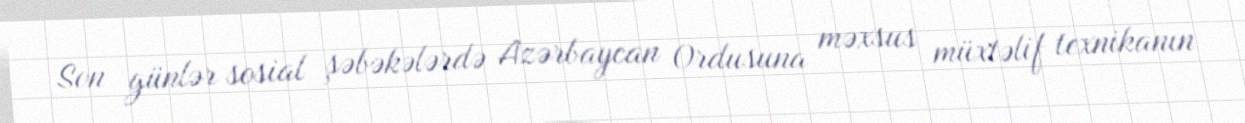
Son günlər sosial şəbəkələrdə Azərbaycan Ordusuna məxsus müxtəlif texnikanın